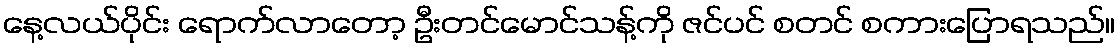
နေ့လယ်ပိုင်း ရောက်လာတော့ ဦးတင်မောင်သန့်ကို ဇင်ပင် စတင် စကားပြောရသည်။